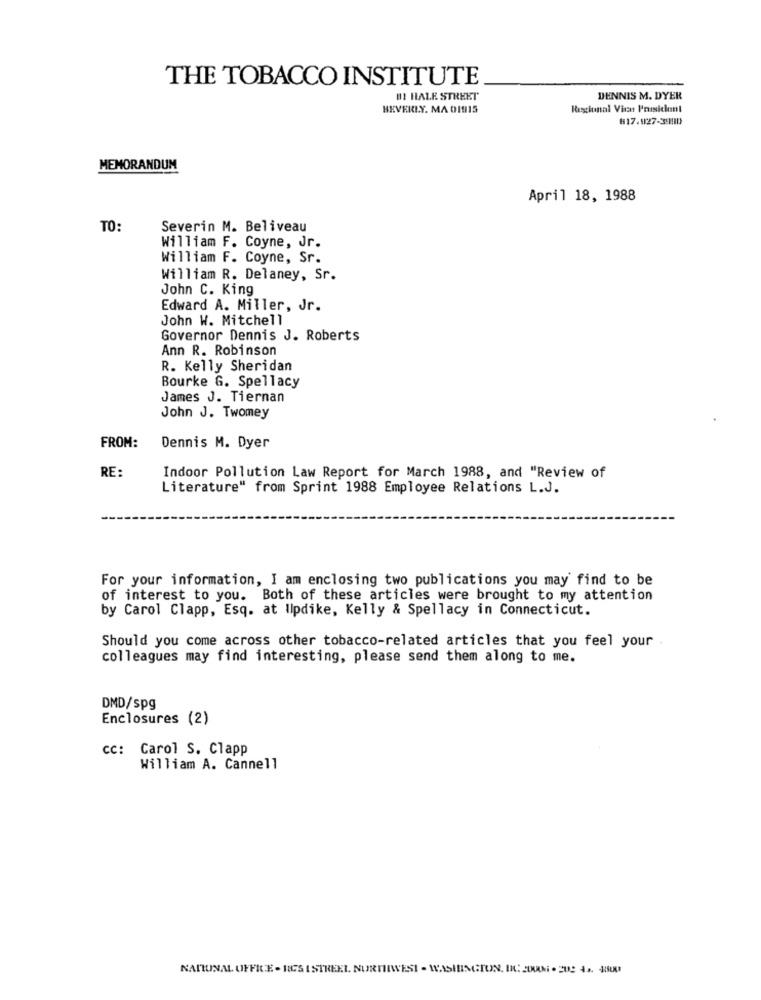
THE TOBACCO INSTITUTE
BI HALE STREET
DENNIS M. DYER
BEVERLY. MA 01915
Regional Vice President
817.127-3990
MEMORANDUM
April 18, 1988
TO:
Severin M. Beliveau
William F. Coyne, Jr.
William F. Coyne, Sr.
William R. Delaney, Sr.
John C. King
Edward A. Miller, Jr.
John W. Mitchell
Governor Dennis J. Roberts
Ann R. Robinson
R. Kelly Sheridan
Bourke G. Spellacy
James J. Tiernan
John J. Twomey
FROM:
Dennis M. Dyer
RE:
Indoor Pollution Law Report for March 1988, and "Review of
Literature" from Sprint 1988 Employee Relations L.J.
For your information, I am enclosing two publications you may find to be
of interest to you. Both of these articles were brought to my attention
by Carol Clapp, Esq. at Updike, Kelly & Spellacy in Connecticut.
Should you come across other tobacco-related articles that you feel your -
colleagues may find interesting, please send them along to me.
DMD/spg
Enclosures (2)
cc: Carol S. Clapp
William A. Cannell
NARUNAL OFFICE . RICS ISTREEL NURMIWESI - WASHINGTON, DICEMAN . 20: 42. 400